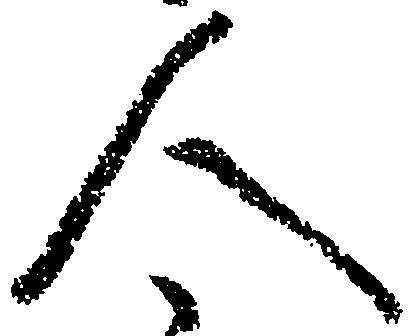
人